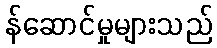
န်ဆောင်မှုများသည်